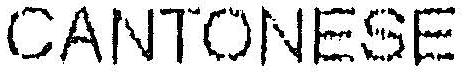
CANTONESE